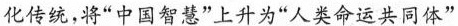
化传统，将“中国智慧”上升为“人类命运共同体”